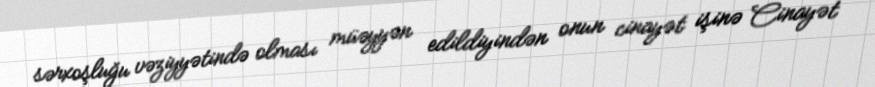
sərxoşluğu vəziyyətində olması müəyyən edildiyindən onun cinayət işinə Cinayət